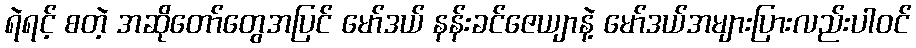
ရဲရင့် စတဲ့ အဆိုတော်တွေအပြင် မော်ဒယ် နန်းခင်ဇေယျာနဲ့ မော်ဒယ်အများပြားလည်းပါဝင်